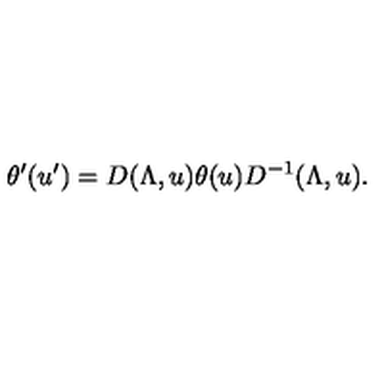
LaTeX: \theta ^ { \prime } ( u ^ { \prime } ) = D ( \Lambda , u ) \theta ( u ) D ^ { - 1 } ( \Lambda , u ) .